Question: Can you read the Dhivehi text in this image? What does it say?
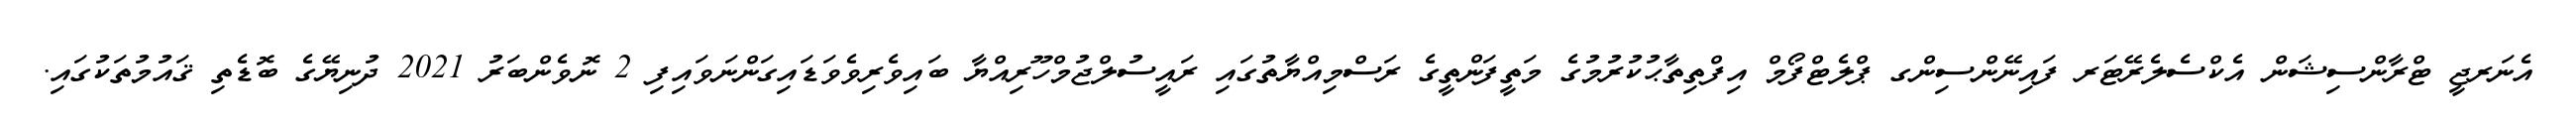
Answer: އެނަރޖީ ޓްރާންސިޝަން އެކްސެލެރޭޓަރ ފައިނޭންސިންގ ޕްލެޓްފޯމް އިފްތިތާޙުކުރުމުގެ މަތީފަންތީގެ ރަސްމިއްޔާތުގައި ރައީސުލްޖުމްހޫރިއްޔާ ބައިވެރިވެވަޑައިގަންނަވައިފި 2 ނޮވެންބަރު 2021 ދުނިޔޭގެ ބޮޑެތި ޤައުމުތަކުގައި.